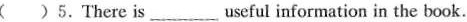
()5.There is ___ useful information in the book.